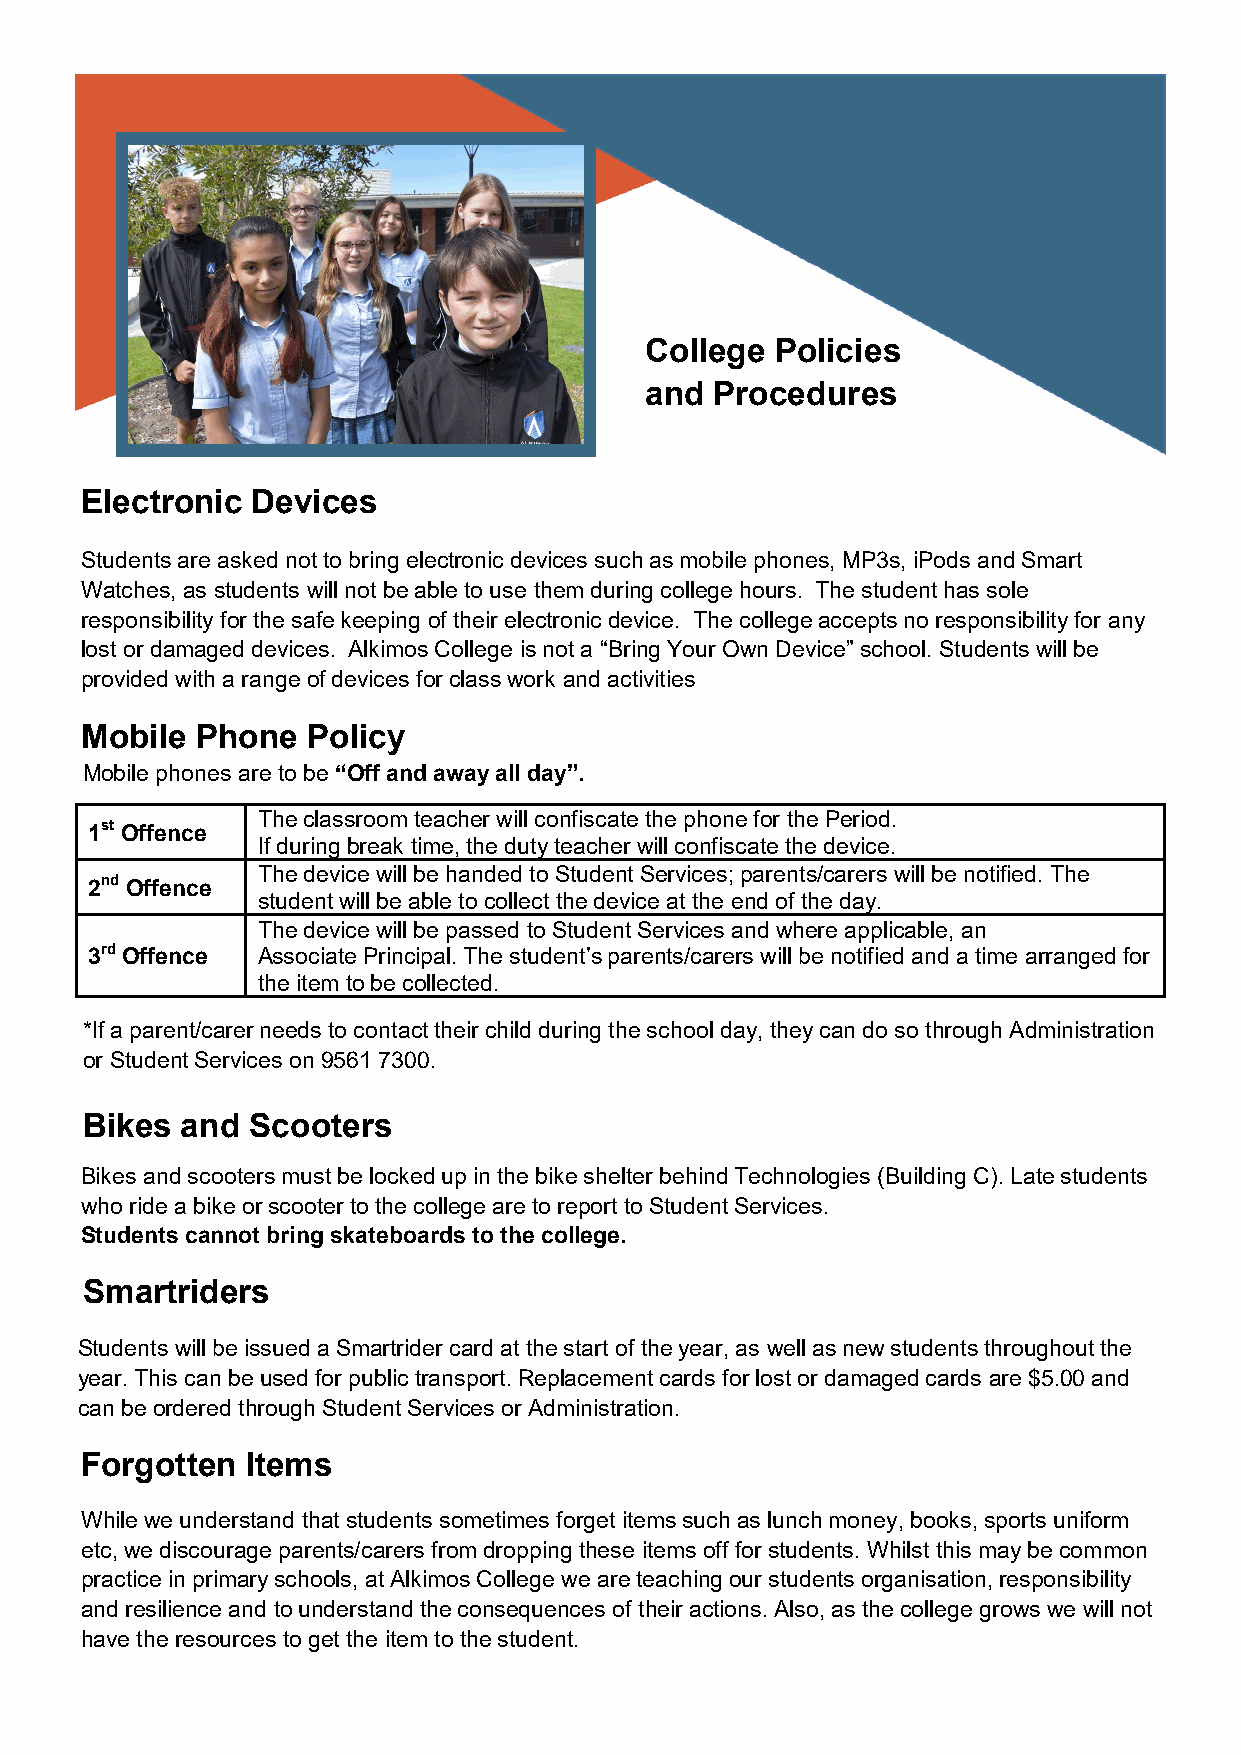
College Policies
 and Procedures
 Electronic  Devices
 Students are asked not to bring electronic devices such as mobile phones, MP3s, iPods and Smart
 Watches, as students will not be able to use them during college hours. The student has sole
 responsibility for the safe keeping of their electronic device. The college accepts no responsibility for any
 lost or damaged devices. Alkimos College is not a “Bring Your Own Device” school. Students will be
 provided with a range of devices for class work and activities
 Mobile  Phone  Policy
 Mobile phones are to be “Off and away all day”.
 The classroom teacher will confiscate the phone for the Period.
 1st Offence
 If during break time, the duty teacher will confiscate the device.
 The device will be handed to Student Services; parents/carers will be notified. The
 2nd Offence
 student will be able to collect the device at the end of the day.
 The device will be passed to Student Services and where applicable, an
 3rd Offence Associate Principal. The student’s parents/carers will be notified and a time arranged for
 the item to be collected.
 *If a parent/carer needs to contact their child during the school day, they can do so through Administration
 or Student Services on 9561 7300.
 Bikes  and  Scooters
 Bikes and scooters must be locked up in the bike shelter behind Technologies (Building C). Late students
 who ride a bike or scooter to the college are to report to Student Services.
 Students cannot bring skateboards to the college.
 Smartriders
 Students will be issued a Smartrider card at the start of the year, as well as new students throughout the
 year. This can be used for public transport. Replacement cards for lost or damaged cards are $5.00 and
 can be ordered through Student Services or Administration.
 Forgotten  Items
 While we understand that students sometimes forget items such as lunch money, books, sports uniform
 etc, we discourage parents/carers from dropping these items off for students. Whilst this may be common
 practice in primary schools, at Alkimos College we are teaching our students organisation, responsibility
 and resilience and to understand the consequences of their actions. Also, as the college grows we will not
 have the resources to get the item to the student.